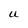
Character: U